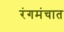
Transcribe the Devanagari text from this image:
रंगमंचात